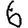
Digit: 6